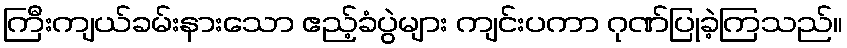
ကြီးကျယ်ခမ်းနားသော ဧည့်ခံပွဲများ ကျင်းပကာ ဂုဏ်ပြုခဲ့ကြသည်။